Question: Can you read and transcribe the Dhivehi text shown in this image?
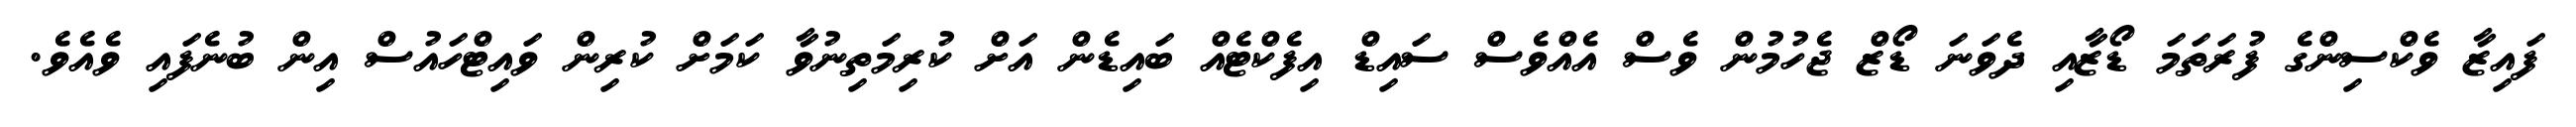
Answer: ފައިޒާ ވެކްސިންގެ ފުރަތަމަ ޑޯޒާއި ދެވަނަ ޑޯޒް ޖެހުމުން ވެސް އެއްވެސް ސައިޑް އިފެކްޓެއް ބައިޑެން އަށް ކުރިމަތިނުވާ ކަމަށް ކުރިން ވައިޓްހައުސް އިން ބުނެފައި ވެއެވެ.